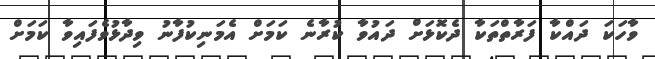
ވާހަކަ ދައްކާ ފަރާތްތަކާ ދެކޮޅަށް ދައުވާ ކުރާނެ ކަމަށް އެމަނިކުފާނު ވިދާޅުވެފައިވާ ކަމަށް